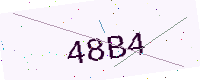
Text: 48B4